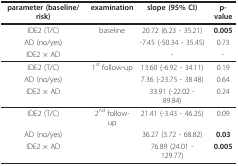
<table><thead><tr><td><b>parameter (baseline/risk)</b></td><td><b>examination</b></td><td><b>slope (95% CI)</b></td><td><b>p-value</b></td></tr></thead><tbody><tr><td>IDE2 (T/C)</td><td>baseline</td><td>20.72 (6.23 - 35.21)</td><td><b>0.005</b></td></tr><tr><td>AD (no/yes)</td><td>[EMPTY_CELL]</td><td>-7.45 (-50.34 - 35.45)</td><td>0.73</td></tr><tr><td>IDE2 × AD</td><td>[EMPTY_CELL]</td><td>-</td><td>-</td></tr><tr><td>IDE2 (T/C)</td><td>1<sup>st </sup>follow-up</td><td>13.60 (-6.92 - 34.11)</td><td>0.19</td></tr><tr><td>AD (no/yes)</td><td>[EMPTY_CELL]</td><td>7.36 (-23.75 - 38.48)</td><td>0.64</td></tr><tr><td>IDE2 × AD</td><td>[EMPTY_CELL]</td><td>33.91 (-22.02 - 89.84)</td><td>0.24</td></tr><tr><td>IDE2 (T/C)</td><td>2<sup>nd </sup>follow-up</td><td>21.41 (-3.43 - 46.25)</td><td>0.09</td></tr><tr><td>AD (no/yes)</td><td>[EMPTY_CELL]</td><td>36.27 (3.72 - 68.82)</td><td><b>0.03</b></td></tr><tr><td>IDE2 × AD</td><td>[EMPTY_CELL]</td><td>76.89 (24.01 - 129.77)</td><td><b>0.005</b></td></tr></tbody></table>